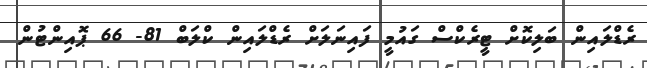
ރެޑްލައިން ބަލިކޮށް ޓީރެކްސް ގައުމީ ފައިނަލަށް ރެޑްލައިން ކްލަބް 81- 66 ޕޮއިންޓުން